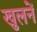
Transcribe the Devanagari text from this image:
खुलनें